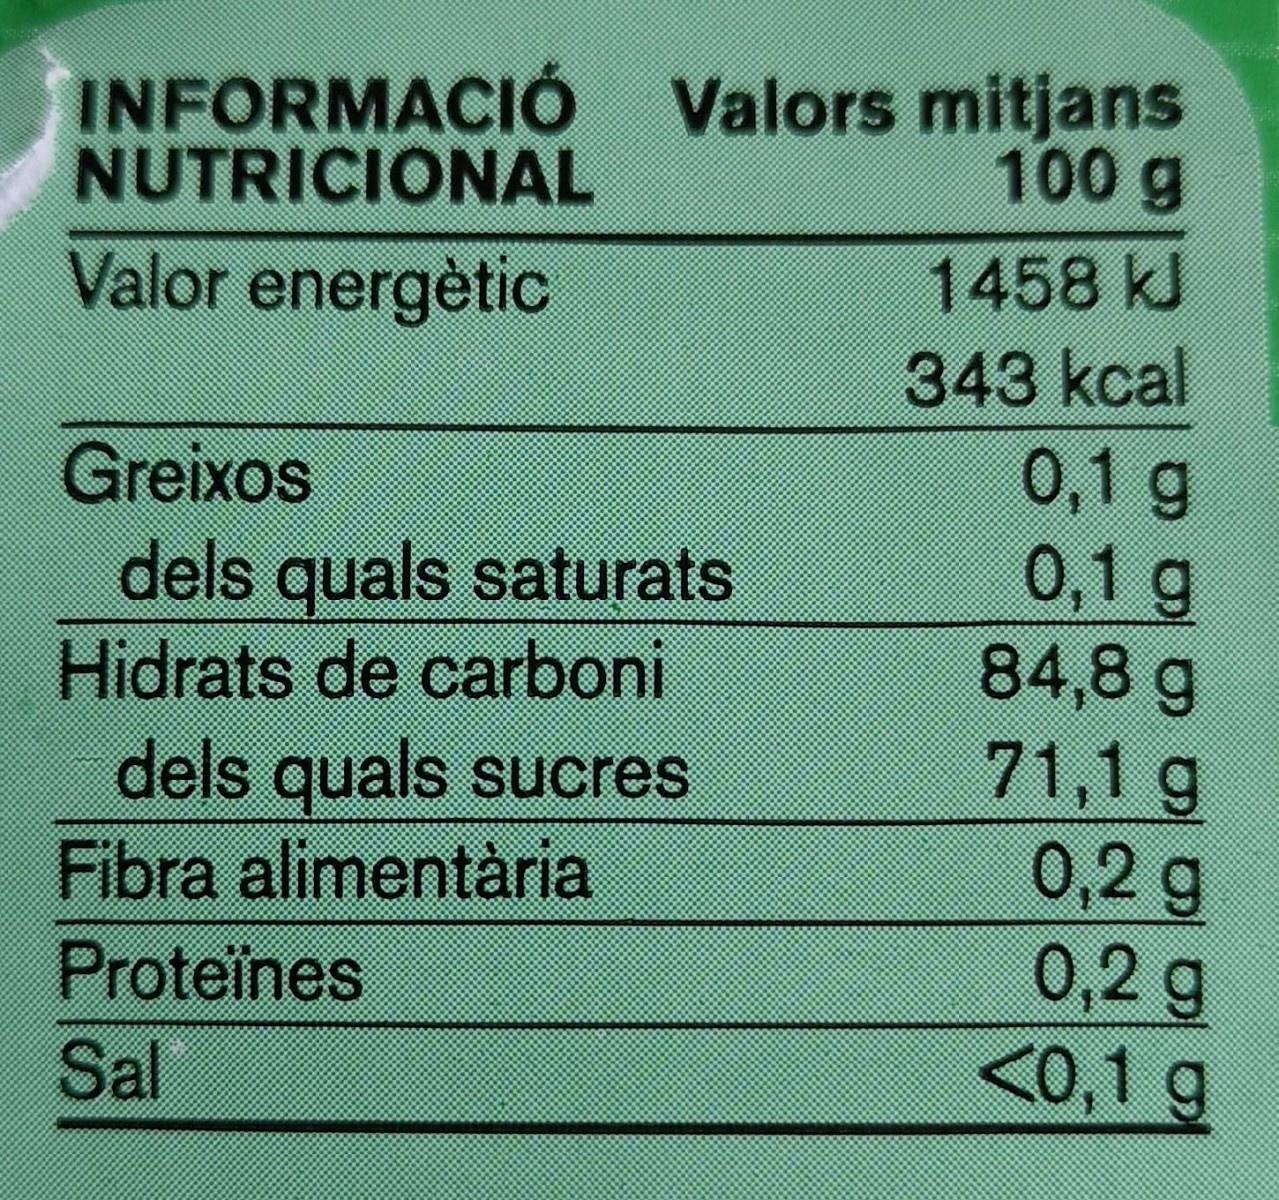
INFORMACIÓ Valors mitjans NUTRICIONAL
100g
Valor energètic
1458 kJ
343 kcal
Greixos dels quals saturats Hidrats de carboni dels quals sucres Fibra alimentària Proteïnes Sal
0,1 g 0,1 g 84,8 g 71,1 g 0,2 g 0,2 g <0,1 g